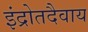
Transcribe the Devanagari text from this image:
इंद्रोतदैवाय